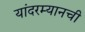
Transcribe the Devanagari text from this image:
यांदरम्यानची